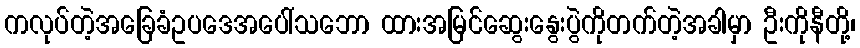
ကလုပ်တဲ့အခြေခံဥပဒေအပေါ်သဘော ထားအမြင်ဆွေးနွေးပွဲကိုတက်တဲ့အခါမှာ ဦးကိုနီတို့၊